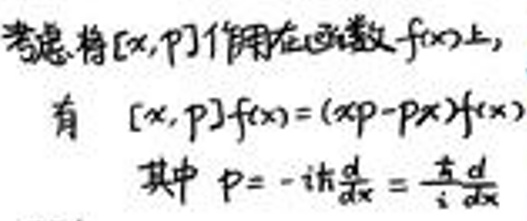
\([x,p]f(x)&=(xp - px)f(x)\)\\
其中\(\quad p&=-\mathrm{i}\frac{\partial}{\partial x}=\frac{1}{\mathrm{i}}\frac{\mathrm{d}}{\mathrm{d}x}\)